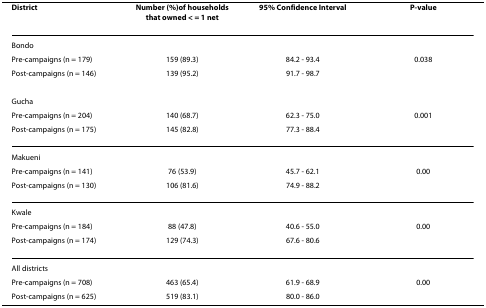
| District | Number (%)of households that owned < = 1 net | 95% Confidence Interval | P-value |
 | --- | --- | --- | --- |
 | Bondo |  |  |  |
 | Pre-campaigns (n = 179) | 159 (89.3) | 84.2 - 93.4 | 0.038 |
 | Post-campaigns (n = 146) | 139 (95.2) | 91.7 - 98.7 |  |
 | Gucha |  |  |  |
 | Pre-campaigns (n = 204) | 140 (68.7) | 62.3 - 75.0 | 0.001 |
 | Post-campaigns (n = 175) | 145 (82.8) | 77.3 - 88.4 |  |
 | Makueni |  |  |  |
 | Pre-campaigns (n = 141) | 76 (53.9) | 45.7 - 62.1 | 0.00 |
 | Post-campaigns (n = 130) | 106 (81.6) | 74.9 - 88.2 |  |
 | Kwale |  |  |  |
 | Pre-campaigns (n = 184) | 88 (47.8) | 40.6 - 55.0 | 0.00 |
 | Post-campaigns (n = 174) | 129 (74.3) | 67.6 - 80.6 |  |
 | All districts |  |  |  |
 | Pre-campaigns (n = 708) | 463 (65.4) | 61.9 - 68.9 | 0.00 |
 | Post-campaigns (n = 625) | 519 (83.1) | 80.0 - 86.0 |  |